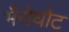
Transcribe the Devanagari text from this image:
भैरोघोट